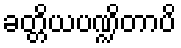
ခတ္တိယပဏ္ဍိတာပိ